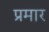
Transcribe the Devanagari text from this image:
प्रमार